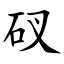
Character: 䂘